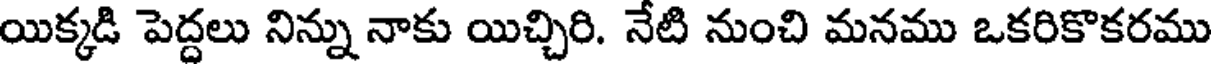
యిక్కడి పెద్దలు నిన్ను నాకు యిచ్చిరి. నేటి నుంచి మనము ఒకరికొకరము